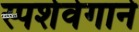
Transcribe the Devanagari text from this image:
स्पर्शवेगाने